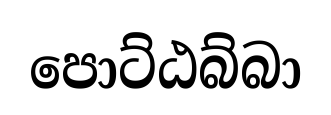
පොට්ඨබ්බා